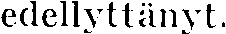
edellyttänyt.